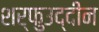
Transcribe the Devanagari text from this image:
शर्फुउद्दीन